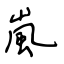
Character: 嵐